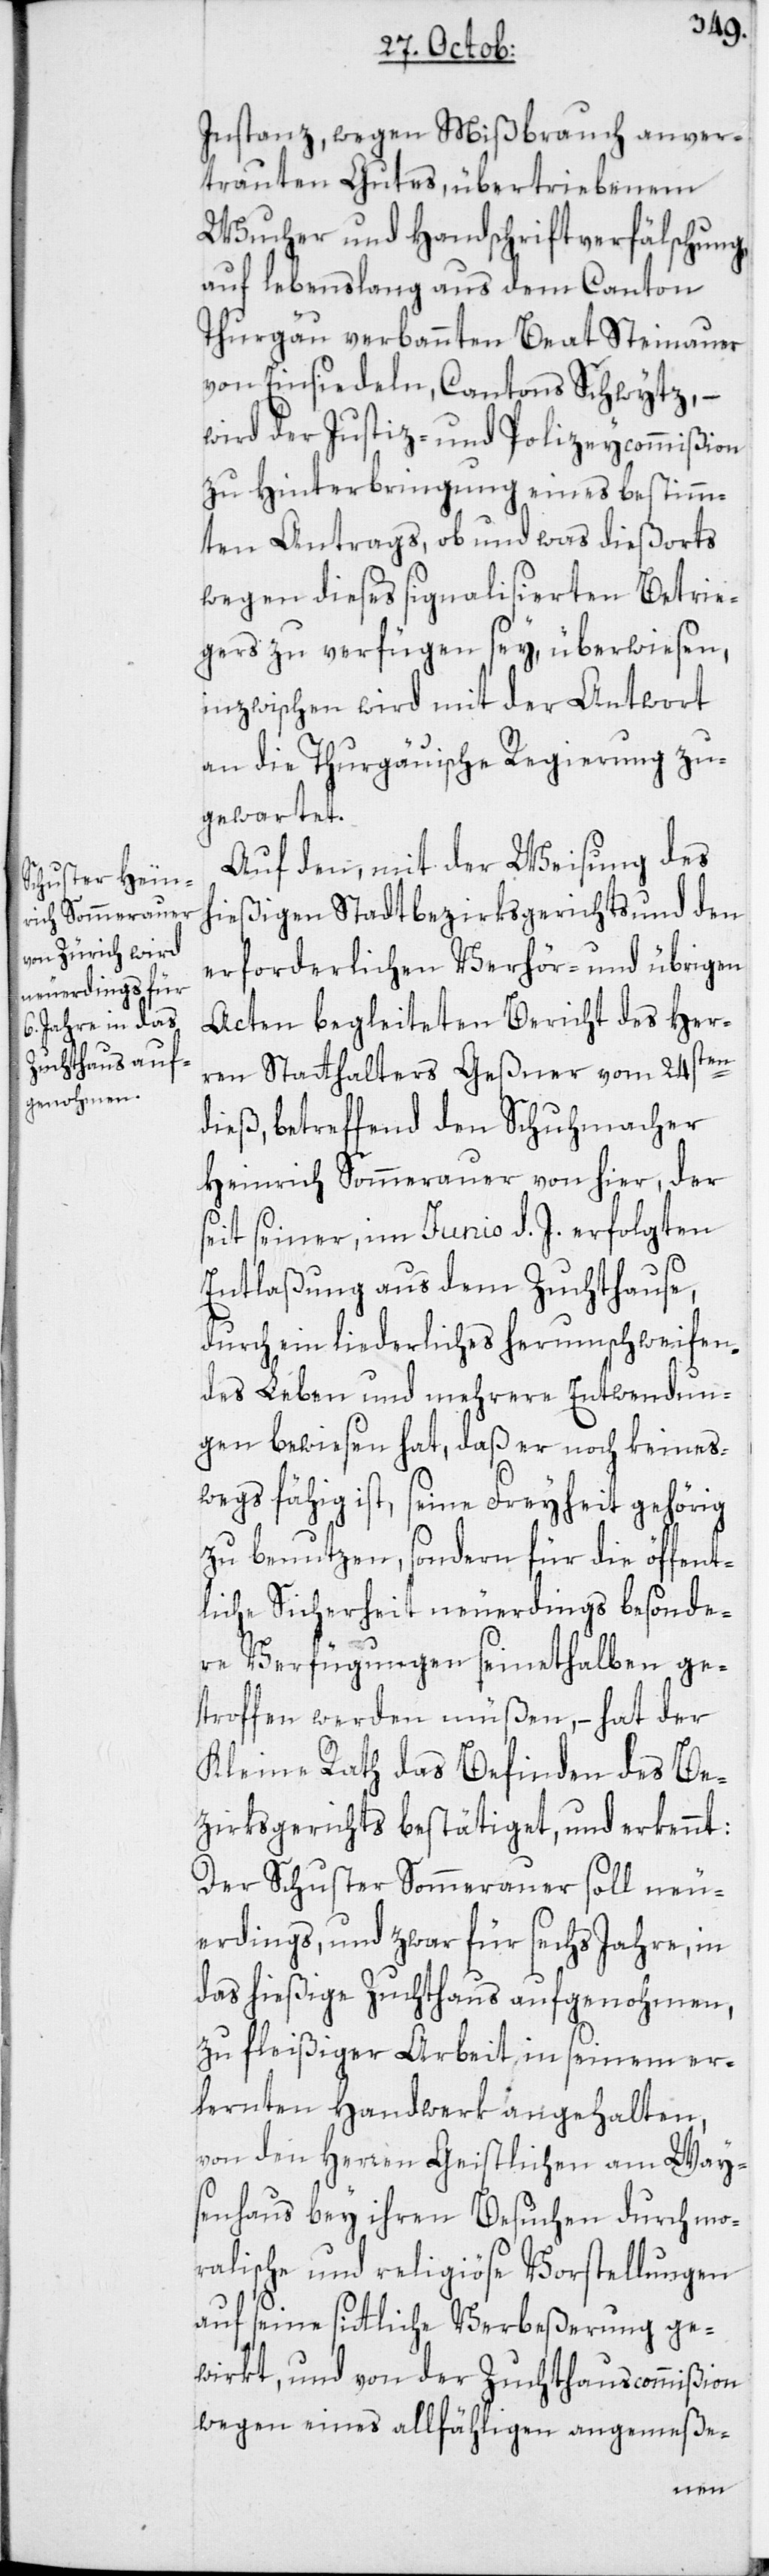
Instanz, wegen Mißbrauch ange¬
trauten Gutes, übertriebenem
Wucher und Handschriftverfälschung,
auf lebenslang aus dem Canton
Thurgäu verbannten Beat Steinauer
von Einsiedeln, Cantons Schwytz, –
wird der Justiz- und Polizeycommißion
zu Hinterbringung eines bestimm¬
ten Antrags, ob und was dießorts
wegen dieses signalisierten Betrie¬
gers zu verfügen sey, überwiesen,
inzwischen wird mit der Antwort
an die Thurgäuische Regierung zu¬
gewartet.
Auf den, mit der Weisung des
hießigen Stadtbezirksgerichts und den
erforderlichen Verhör- und übrigen
Acten begleiteten Bericht des Her¬
ren Statthalters Geßner vom 24sten
dieß, betreffend den Schuhmacher
Heinrich Sommerauer von hier, der
seit seiner, im Junio d. J. erfolgten
Entlaßung aus dem Zuchthause,
durch ein liederliches herumschweifen¬
des Leben und mehrere Entwendun¬
gen bewiesen hat, daß er noch keines¬
wegs fähig ist, seine Freyheit gehörig
zu benutzen, sondern für die öffent¬
liche Sicherheit neuerdings besonde¬
re Verfügungen seinethalben ge¬
troffen werden müßen, – hat der
Kleine Rath das Befinden des Be¬
zirksgerichts bestätiget und erkennt:
Der Schuster Sommerauer soll neu¬
erdings, und zwar für sechs Jahre, in
das hießige Zuchthaus aufgenohmen,
zu fleißiger Arbeit in seinem er¬
lernten Handwerk angehalten,
von den Herren Geistlichen am Way¬
senhaus bey ihren Besuchen durch mo¬
ralische und religiöse Vorstellungen
auf seine sittliche Verbeßerung ge¬
wirkt, und von der Zuchthauscommißion
wegen eines allfähligen angemeße-